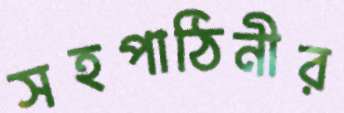
সহপাঠিনীর